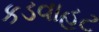
કડવાહટ